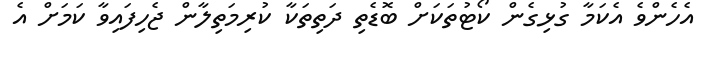
އެހެންވެ އެކަމާ ގުޅިގެން ކޯޓުތަކަށް ބޮޑެތި ދަތިތަކާ ކުރިމަތިލާން ޖެހިފައިވާ ކަމަށް އެ